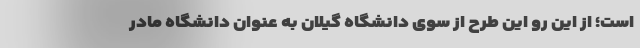
است؛ از این رو این طرح از سوی دانشگاه گیلان به عنوان دانشگاه مادر